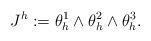
LaTeX: \begin{align*} J^h:=\theta^1_h\wedge\theta^2_h\wedge\theta^3_h. \end{align*}